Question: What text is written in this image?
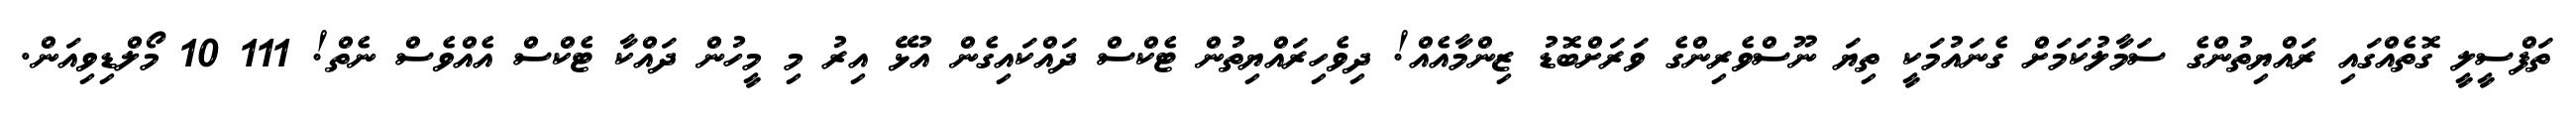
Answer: ތަފްސީލީ ގޮތެއްގައި ރައްޔިތުންގެ ސަމާލުކަމަށް ގެނައުމަކީ ތިޔަ ނޫސްވެރިންގެ ވަރަށްބޮޑު ޒިންމާއެއް! ދިވެހިރައްޔިތުން ޓެކްސް ދައްކައިގެން އުޅޭ އިރު މި މީހުން ދައްކާ ޓެކްސް އެއްވެސް ނެތް! 111 10 މޯލްޑިވިއަން.